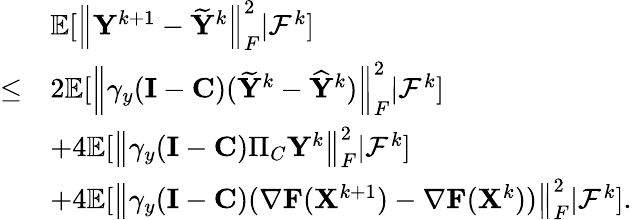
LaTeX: \begin{array}{rl}&{{\mathbb{E}}[\left\| {\mathbf{Y}}^{k+1}-\widetilde{{\mathbf{Y}}}^{k}\right\| _{F}^{2}\vert{\mathcal{F}}^{k}]}\\ {\leq}&{2{\mathbb{E}}[\left\| \gamma_{y}({\mathbf{I}}-{\mathbf{C}})(\widetilde{{\mathbf{Y}}}^{k}-\widehat{{\mathbf{Y}}}^{k})\right\| _{F}^{2}\vert{\mathcal{F}}^{k}]}\\ &{+4{\mathbb{E}}[\left\| \gamma_{y}({\mathbf{I}}-{\mathbf{C}})\Pi_{C}{\mathbf{Y}}^{k}\right\| _{F}^{2}\vert{\mathcal{F}}^{k}]}\\ &{+4{\mathbb{E}}[\left\| \gamma_{y}({\mathbf{I}}-{\mathbf{C}})(\nabla{\mathbf{F}}({\mathbf{X}}^{k+1})-\nabla{\mathbf{F}}({\mathbf{X}}^{k}))\right\| _{F}^{2}\vert{\mathcal{F}}^{k}].}\end{array}